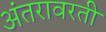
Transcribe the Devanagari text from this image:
अंतरावरती